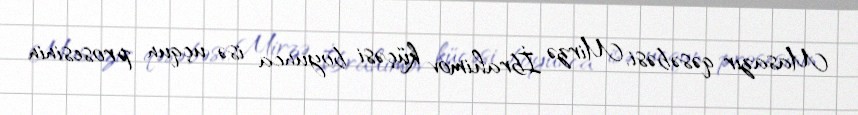
Masazır qəsəbəsi, Mirzə İbrahimov küçəsi boyunca isə uçqun prosesinin